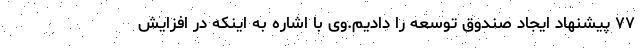
۷۷ پیشنهاد ایجاد صندوق توسعه را دادیم.وی با اشاره به اینکه در افزایش